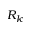
R _ { k }